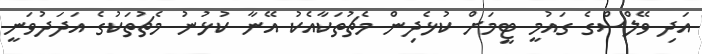
އަދި ވޭލްސްގެ ގައުމީ ޓީމަށް ކުޅެދިން މެޗުތަކާއެކު އޭނާ ކުޅުނު މެޗުތަކުގެ އަދަދުވަނީ